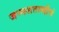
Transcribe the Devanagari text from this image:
जन्मशताब्दीचं